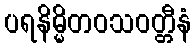
ပရနိမ္မိတဝသဝတ္တီနံ